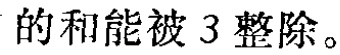
的和能被 3 整除。